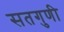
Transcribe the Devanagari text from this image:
सतगुणी